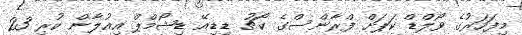
މިފަހަރުގެ ވޯލްޑް ކަޕަށް ފްރާންސްގެ ކޯޗު ޑިޑިއޭ ޑިޝޯމްޕް އިއުލާން ކުރި 23